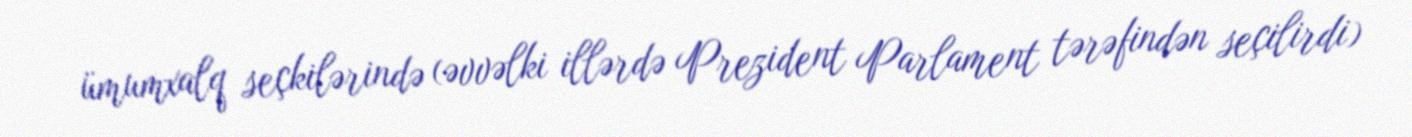
ümumxalq seçkilərində (əvvəlki illərdə Prezident Parlament tərəfindən seçilirdi)